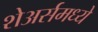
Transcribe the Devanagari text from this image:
शेअर्समध्ये